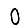
Digit: 0